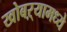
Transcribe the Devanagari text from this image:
खोबऱ्यामध्ये